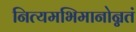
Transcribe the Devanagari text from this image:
नित्यमभिमानोन्नतं